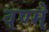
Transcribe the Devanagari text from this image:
वण्मे